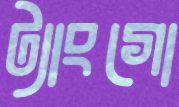
ট্যাংগো